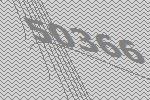
50366